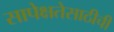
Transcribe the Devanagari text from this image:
सापेक्षतेसाठीची